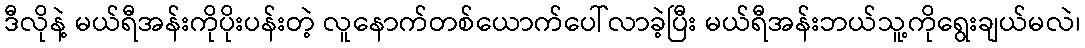
ဒီလိုနဲ့ မယ်ရီအန်းကိုပိုးပန်းတဲ့ လူနောက်တစ်ယောက်ပေါ်လာခဲ့ပြီး မယ်ရီအန်းဘယ်သူ့ကိုရွေးချယ်မလဲ၊